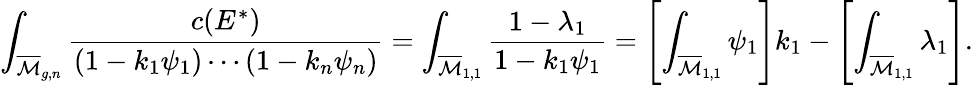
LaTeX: \int_{{\overline{{\mathcal{M}}}}_{g,n}}{\frac{c(E^{*})}{(1-k_{1}\psi_{1})\cdots(1-k_{n}\psi_{n})}}=\int_{{\overline{{\mathcal{M}}}}_{1,1}}{\frac{1-\lambda_{1}}{1-k_{1}\psi_{1}}}=\left[\int_{{\overline{{\mathcal{M}}}}_{1,1}}\psi_{1}\right]k_{1}-\left[\int_{{\overline{{\mathcal{M}}}}_{1,1}}\lambda_{1}\right].